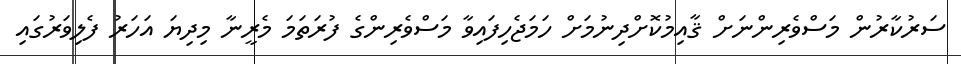
ސަރުކާރުން މަސްވެރިންނަށް ޤާއިމުކޮށްދިނުމަށް ހަމަޖެހިފައިވާ މަސްވެރިންގެ ފުރަތަމަ މެރީނާ މިދިޔަ އަހަރު ފެލިވަރުގައި